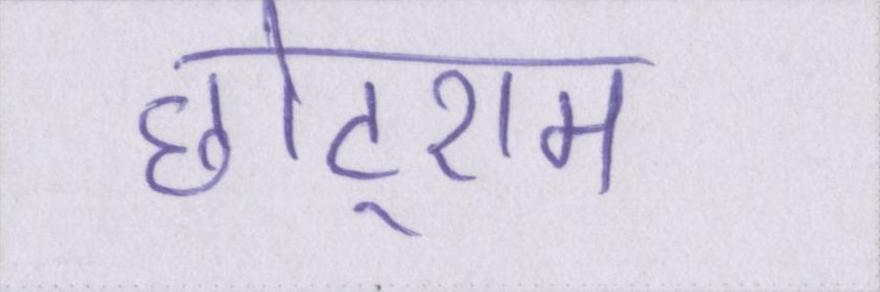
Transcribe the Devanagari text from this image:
छोटूराम